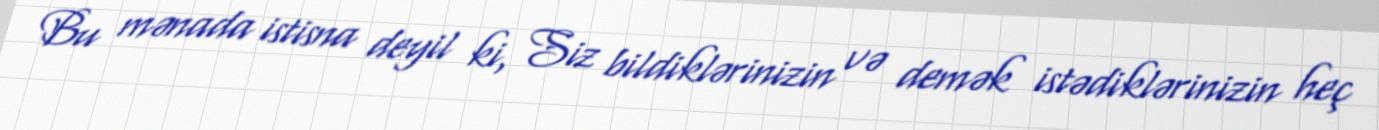
Bu mənada istisna deyil ki, Siz bildiklərinizin və demək istədiklərinizin heç